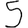
Digit: 5